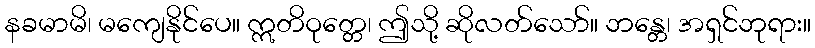
နခမာမိ၊ မကျေနိုင်ပေ။ ဣတိဝုတ္တေ၊ ဤသို့ ဆိုလတ်သော်။ ဘန္တေ၊ အရှင်ဘုရား။